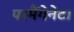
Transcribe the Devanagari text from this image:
परमैंगेनेट।